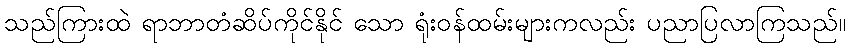
သည်ကြားထဲ ရာဘာတံဆိပ်ကိုင်နိုင် သော ရုံးဝန်ထမ်းများကလည်း ပညာပြလာကြသည်။